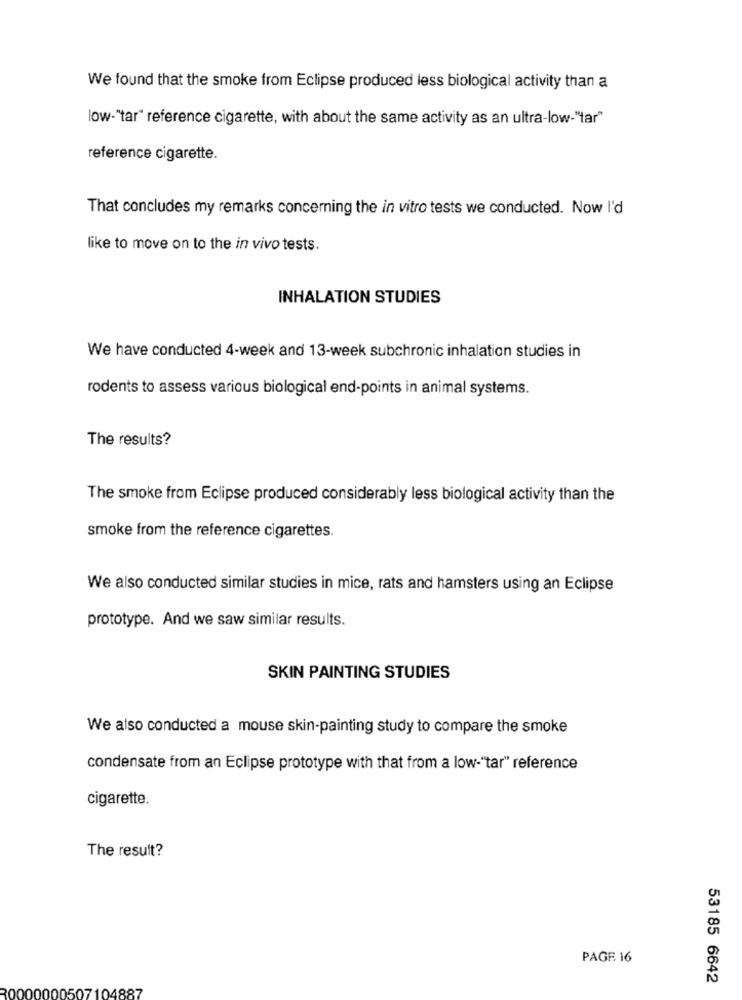
We found that the smoke from Eclipse produced less biological activity than a
low-"tar" reference cigarette, with about the same activity as an ultra-low-"tar"
reference cigarette.
That concludes my remarks concerning the in vitro tests we conducted. Now I'd
like to move on to the in vivo tests.
INHALATION STUDIES
We have conducted 4-week and 13-week subchronic inhalation studies in
rodents to assess various biological end-points in animal systems.
The results?
The smoke from Eclipse produced considerably less biological activity than the
smoke from the reference cigarettes.
We also conducted similar studies in mice, rats and hamsters using an Eclipse
prototype. And we saw similar results.
SKIN PAINTING STUDIES
We also conducted a mouse skin-painting study to compare the smoke
condensate from an Eclipse prototype with that from a low-"tar" reference
cigarette.
The result?
PAGE 16
53185 6642
0507
104887